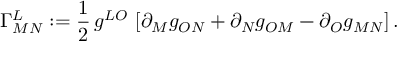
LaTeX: \Gamma _ { M N } ^ { L } : = \frac { 1 } { 2 } \, g ^ { L O } \, \left[ \partial _ { M } g _ { O N } + \partial _ { N } g _ { O M } - \partial _ { O } g _ { M N } \right] .